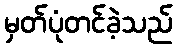
မှတ်ပုံတင်ခဲ့သည်